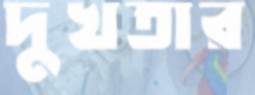
দুখতার